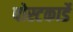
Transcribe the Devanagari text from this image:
पोस्टकार्डे